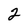
Character: 2